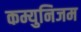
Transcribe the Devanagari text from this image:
कम्युनिजम